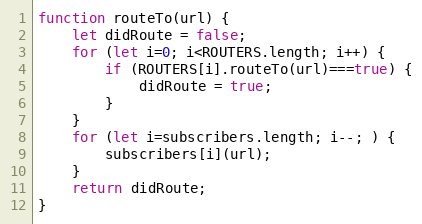
Language: JavaScript
function routeTo(url) {
	let didRoute = false;
	for (let i=0; i<ROUTERS.length; i++) {
		if (ROUTERS[i].routeTo(url)===true) {
			didRoute = true;
		}
	}
	for (let i=subscribers.length; i--; ) {
		subscribers[i](url);
	}
	return didRoute;
}